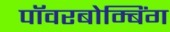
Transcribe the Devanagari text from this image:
पॉवरबोम्बिंग